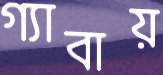
গ্যাবায়